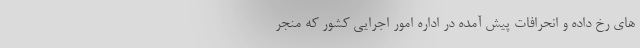
های رخ داده و انحرافات پیش آمده در اداره امور اجرایی کشور که منجر